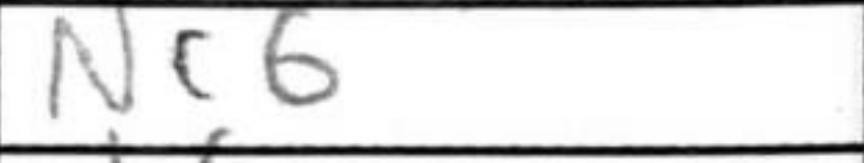
Transcription: Nc6